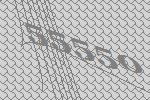
55550